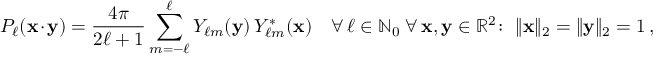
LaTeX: P _ { \ell } ( \mathbf { x } \cdot \mathbf { y } ) = { \frac { 4 \pi } { 2 \ell + 1 } } \sum _ { m = - \ell } ^ { \ell } Y _ { \ell m } ( \mathbf { y } ) \, Y _ { \ell m } ^ { * } ( \mathbf { x } ) \quad \forall \, \ell \in \mathbb { N } _ { 0 } \; \forall \, \mathbf { x } , \mathbf { y } \in \mathbb { R } ^ { 2 } \colon \; \| \mathbf { x } \| _ { 2 } = \| \mathbf { y } \| _ { 2 } = 1 \, ,